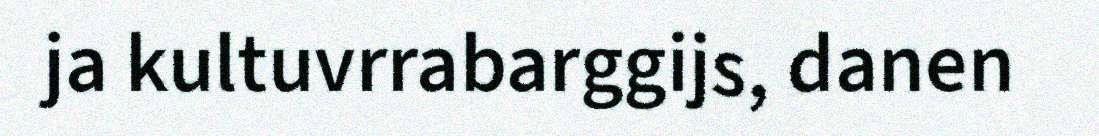
ja kultuvrrabarggijs, danen